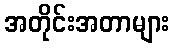
အတိုင်းအတာများ